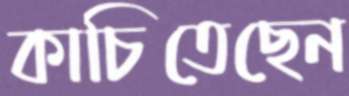
কাচিতেছেন